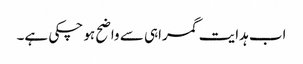
اب ہدایت گمراہی سے واضح ہو چکی ہے۔